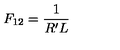
F _ { 1 2 } = \frac { 1 } { R ^ { \prime } L }